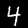
Label: 4